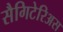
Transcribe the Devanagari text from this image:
सैगिटेरिअस